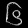
Digit: ၆